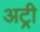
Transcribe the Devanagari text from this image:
अट्री